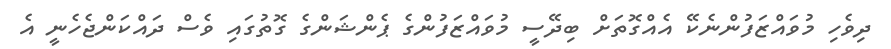
ދިވެހި މުވައްޒަފުންނެކޭ އެއްގޮތަށް ބިދޭސީ މުވައްޒަފުންގެ ޕެންޝަންގެ ގޮތުގައި ވެސް ދައްކަންޖެހެނީ އެ